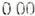
0.00